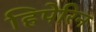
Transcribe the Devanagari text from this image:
हिपेरिन